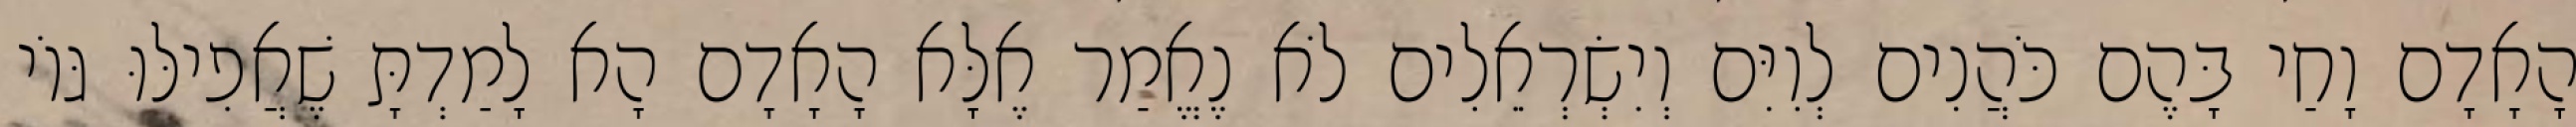
הָאָדָם וָחַי בָּהֶם כֹּהֲנִים לְוִיִּם וְיִשְׂרְאֵלִים לֹא נֶאֱמַר אֶלָּא הָאָדָם הָא לָמַדְתָּ שֶׁאֲפִילּוּ גּוֹי